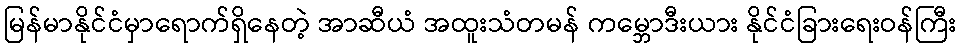
မြန်မာနိုင်ငံမှာရောက်ရှိနေတဲ့ အာဆီယံ အထူးသံတမန် ကမ္ဘောဒီးယား နိုင်ငံခြားရေးဝန်ကြီး